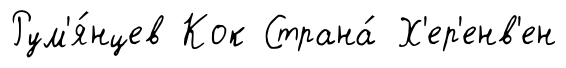
Рум'я́нцев Кок Страна́ Х'ер'енв'ен